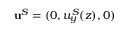
\mathbf { u } ^ { S } = ( 0 , u _ { y } ^ { S } ( z ) , 0 )